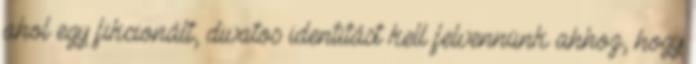
ahol egy fikcionált, divatos identitást kell felvennünk ahhoz, hogy